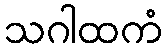
သဂါထကံ